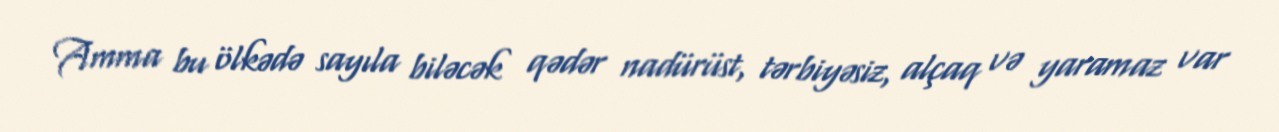
Amma bu ölkədə sayıla biləcək qədər nadürüst, tərbiyəsiz, alçaq və yaramaz var